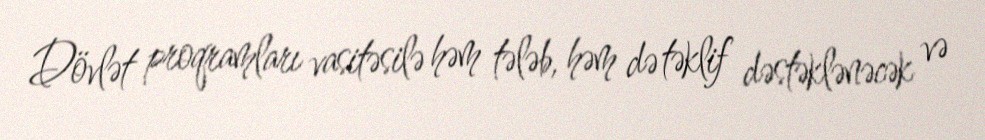
Dövlət proqramları vasitəsilə həm tələb, həm də təklif dəstəklənəcək və